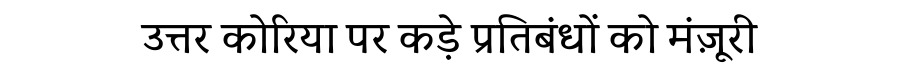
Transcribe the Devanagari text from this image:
उत्तर कोरिया पर कड़े प्रतिबंधों को मंज़ूरी